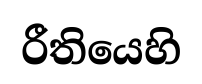
රීතියෙහි